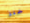
خبز